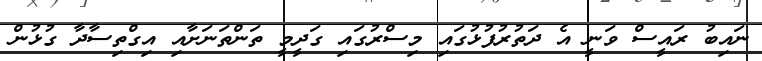
ނައިބު ރައީސް ވަނީ އެ ދަތުރުފުޅުގައި މިސްރުގައި ގަދީމީ ތަންތަނަށާއި އިގްތިސާދާ ގުޅުން